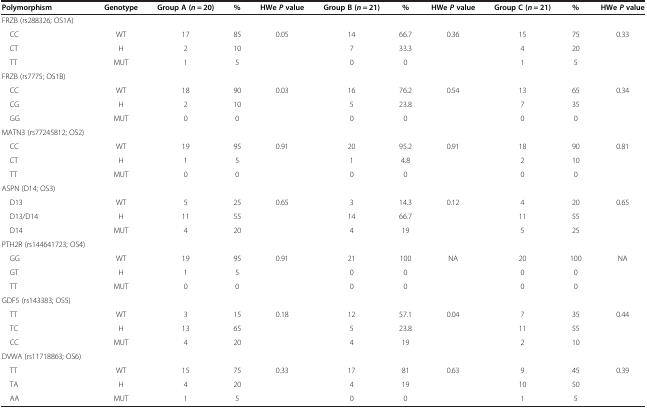
<table><thead><tr><td><b>Polymorphism</b></td><td><b>Genotype</b></td><td><b>Group A (<i>n</i> = 20)</b></td><td><b>%</b></td><td><b>HWe <i>P </i>value</b></td><td><b>Group B (<i>n</i> = 21)</b></td><td><b>%</b></td><td><b>HWe <i>P </i>value</b></td><td><b>Group C (<i>n</i> = 21)</b></td><td><b>%</b></td><td><b>HWe <i>P </i>value</b></td></tr></thead><tbody><tr><td>FRZB (rs288326; OS1A)</td><td> </td><td> </td><td> </td><td> </td><td> </td><td> </td><td> </td><td> </td><td> </td><td> </td></tr><tr><td> CC</td><td>WT</td><td>17</td><td>85</td><td rowspan="2">0.05</td><td>14</td><td>66.7</td><td rowspan="2">0.36</td><td>15</td><td>75</td><td rowspan="2">0.33</td></tr><tr><td> CT</td><td>H</td><td>2</td><td>10</td><td>7</td><td>33.3</td><td>4</td><td>20</td></tr><tr><td> TT</td><td>MUT</td><td>1</td><td>5</td><td> </td><td>0</td><td>0</td><td> </td><td>1</td><td>5</td><td> </td></tr><tr><td>FRZB (rs7775; OS1B)</td><td> </td><td> </td><td> </td><td> </td><td> </td><td> </td><td> </td><td> </td><td> </td><td> </td></tr><tr><td> CC</td><td>WT</td><td>18</td><td>90</td><td rowspan="3">0.03</td><td>16</td><td>76.2</td><td rowspan="3">0.54</td><td>13</td><td>65</td><td rowspan="3">0.34</td></tr><tr><td> CG</td><td>H</td><td>2</td><td>10</td><td>5</td><td>23.8</td><td>7</td><td>35</td></tr><tr><td> GG</td><td>MUT</td><td>0</td><td>0</td><td>0</td><td>0</td><td>0</td><td>0</td></tr><tr><td>MATN3 (rs77245812; OS2)</td><td> </td><td> </td><td> </td><td> </td><td> </td><td> </td><td> </td><td> </td><td> </td><td> </td></tr><tr><td> CC</td><td>WT</td><td>19</td><td>95</td><td rowspan="3">0.91</td><td>20</td><td>95.2</td><td rowspan="3">0.91</td><td>18</td><td>90</td><td rowspan="3">0.81</td></tr><tr><td> CT</td><td>H</td><td>1</td><td>5</td><td>1</td><td>4.8</td><td>2</td><td>10</td></tr><tr><td> TT</td><td>MUT</td><td>0</td><td>0</td><td>0</td><td>0</td><td>0</td><td>0</td></tr><tr><td>ASPN (D14; OS3)</td><td> </td><td> </td><td> </td><td> </td><td> </td><td> </td><td> </td><td> </td><td> </td><td> </td></tr><tr><td> D13</td><td>WT</td><td>5</td><td>25</td><td rowspan="3">0.65</td><td>3</td><td>14.3</td><td rowspan="3">0.12</td><td>4</td><td>20</td><td rowspan="3">0.65</td></tr><tr><td> D13/D14</td><td>H</td><td>11</td><td>55</td><td>14</td><td>66.7</td><td>11</td><td>55</td></tr><tr><td> D14</td><td>MUT</td><td>4</td><td>20</td><td>4</td><td>19</td><td>5</td><td>25</td></tr><tr><td>PTH2R (rs144641723; OS4)</td><td> </td><td> </td><td> </td><td> </td><td> </td><td> </td><td> </td><td> </td><td> </td><td> </td></tr><tr><td> GG</td><td>WT</td><td>19</td><td>95</td><td rowspan="3">0.91</td><td>21</td><td>100</td><td rowspan="3">NA</td><td>20</td><td>100</td><td rowspan="3">NA</td></tr><tr><td> GT</td><td>H</td><td>1</td><td>5</td><td>0</td><td>0</td><td>0</td><td>0</td></tr><tr><td> TT</td><td>MUT</td><td>0</td><td>0</td><td>0</td><td>0</td><td>0</td><td>0</td></tr><tr><td>GDF5 (rs143383; OS5)</td><td> </td><td> </td><td> </td><td> </td><td> </td><td> </td><td> </td><td> </td><td> </td><td> </td></tr><tr><td> TT</td><td>WT</td><td>3</td><td>15</td><td rowspan="3">0.18</td><td>12</td><td>57.1</td><td rowspan="3">0.04</td><td>7</td><td>35</td><td rowspan="3">0.44</td></tr><tr><td> TC</td><td>H</td><td>13</td><td>65</td><td>5</td><td>23.8</td><td>11</td><td>55</td></tr><tr><td> CC</td><td>MUT</td><td>4</td><td>20</td><td>4</td><td>19</td><td>2</td><td>10</td></tr><tr><td>DVWA (rs11718863; OS6)</td><td> </td><td> </td><td> </td><td> </td><td> </td><td> </td><td> </td><td> </td><td> </td><td> </td></tr><tr><td> TT</td><td>WT</td><td>15</td><td>75</td><td rowspan="3">0.33</td><td>17</td><td>81</td><td rowspan="3">0.63</td><td>9</td><td>45</td><td rowspan="3">0.39</td></tr><tr><td> TA</td><td>H</td><td>4</td><td>20</td><td>4</td><td>19</td><td>10</td><td>50</td></tr><tr><td> AA</td><td>MUT</td><td>1</td><td>5</td><td>0</td><td>0</td><td>1</td><td>5</td></tr></tbody></table>